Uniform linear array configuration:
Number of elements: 12
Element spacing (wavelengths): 0.75
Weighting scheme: exponential
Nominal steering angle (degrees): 15
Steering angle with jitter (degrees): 13.043
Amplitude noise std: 0.05
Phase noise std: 0.05

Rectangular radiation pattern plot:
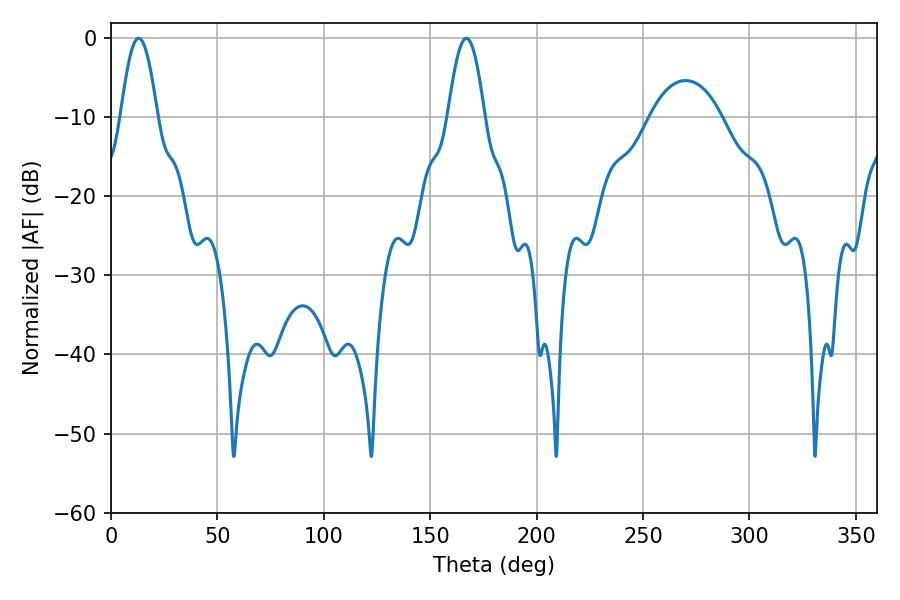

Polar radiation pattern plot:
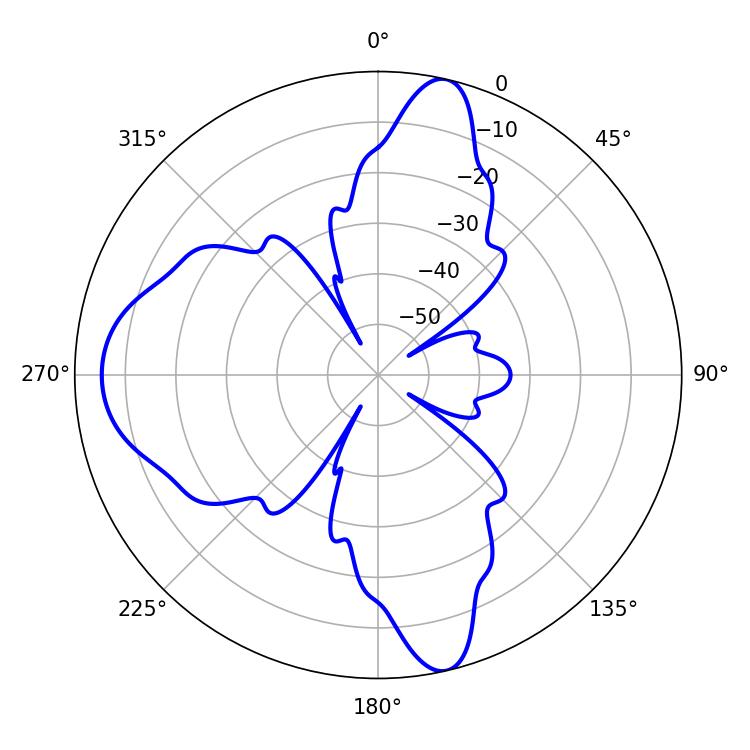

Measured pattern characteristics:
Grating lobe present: TRUE
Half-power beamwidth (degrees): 9.18
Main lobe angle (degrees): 12.96